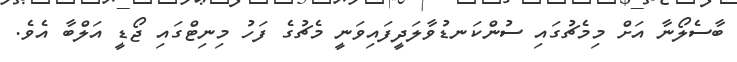
ބާސެލޯނާ އަށް މިމެޗުގައި ސުންކަނޑުވާލަދީފައިވަނީ މެޗުގެ ފަހު މިނިޓްގައި ޖޯޑީ އަލްބާ އެވެ.